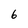
Character: 6